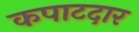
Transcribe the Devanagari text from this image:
कपाटदार